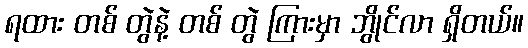
ရထား တစ် တွဲနဲ့ တစ် တွဲ ကြားမှာ ဘွိုင်လာ ရှိတယ်။